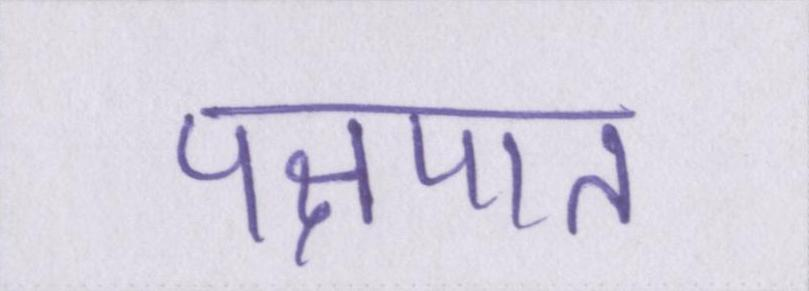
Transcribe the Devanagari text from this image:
पक्षपात